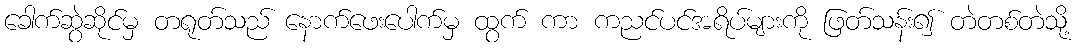
ခေါက်ဆွဲဆိုင်မှ တရုတ်သည် နောက်ဖေးပေါက်မှ ထွက် ကာ ကညင်ပင်အရိပ်များကို ဖြတ်သန်း၍ တဲတစ်တဲသို့